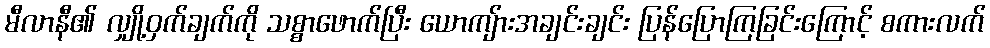
မီလာနီ၏ လျှို့ဝှက်ချက်ကို သစ္စာဖောက်ပြီး ယောကျ်ားအချင်းချင်း ပြန်ပြောကြခြင်းကြောင့် စကားလက်